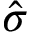
\hat { \sigma }